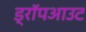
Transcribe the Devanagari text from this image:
ड्रॉपआउट